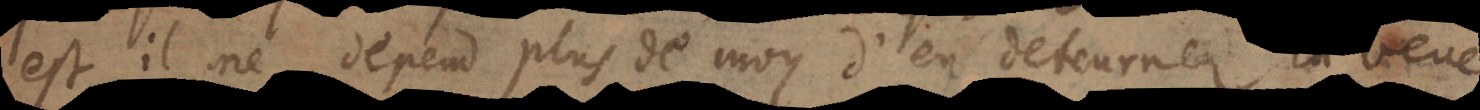
est, il ne depend plus de moy d’en detourner l